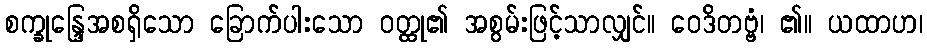
စက္ခုန္ဒြေအစရှိသော ခြောက်ပါးသော ဝတ္ထု၏ အစွမ်းဖြင့်သာလျှင်။ ဝေဒိတဗ္ဗံ၊ ၏။ ယထာဟ၊